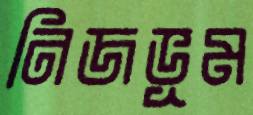
নিজভূম